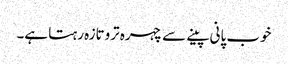
خوب پانی پینے سے چہرہ تروتازہ رہتا ہے۔